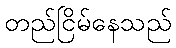
တည်ငြိမ်နေသည်